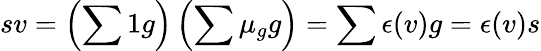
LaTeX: sv=\left(\sum 1g\right)\left(\sum\mu_{g}g\right)=\sum\epsilon(v)g=\epsilon(v)s